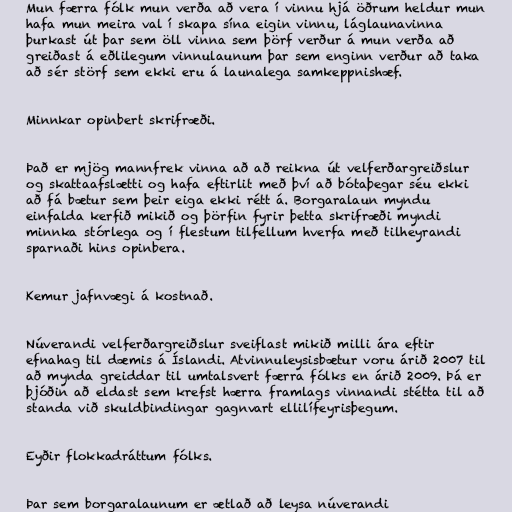
Mun færra fólk mun verða að vera í vinnu hjá öðrum heldur mun
hafa mun meira val í skapa sína eigin vinnu, láglaunavinna
þurkast út þar sem öll vinna sem þörf verður á mun verða að
greiðast á eðlilegum vinnulaunum þar sem enginn verður að taka
að sér störf sem ekki eru á launalega samkeppnishæf.

Minnkar opinbert skrifræði.

Það er mjög mannfrek vinna að að reikna út velferðargreiðslur
og skattaafslætti og hafa eftirlit með því að bótaþegar séu ekki
að fá bætur sem þeir eiga ekki rétt á. Borgaralaun myndu
einfalda kerfið mikið og þörfin fyrir þetta skrifræði myndi
minnka stórlega og í flestum tilfellum hverfa með tilheyrandi
sparnaði hins opinbera.

Kemur jafnvægi á kostnað.

Núverandi velferðargreiðslur sveiflast mikið milli ára eftir
efnahag til dæmis á Íslandi. Atvinnuleysisbætur voru árið 2007 til
að mynda greiddar til umtalsvert færra fólks en árið 2009. Þá er
þjóðin að eldast sem krefst hærra framlags vinnandi stétta til að
standa við skuldbindingar gagnvart ellilífeyrisþegum.

Eyðir flokkadráttum fólks.

Þar sem borgaralaunum er ætlað að leysa núverandi